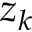
z _ { k }